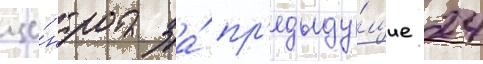
це́нтра за́ пр'едыду́щие 24